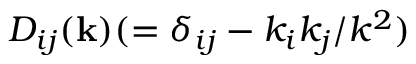
D _ { i j } ( { \bf { k } } ) ( = \delta _ { i j } - k _ { i } k _ { j } / k ^ { 2 } )